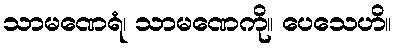
သာမဏေရံ၊ သာမဏေကို။ ပေသေဟိ။